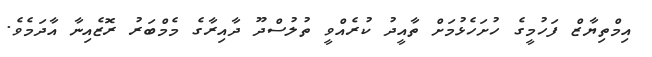
އިމްތިޔާޒް ފަހުމީގެ ހުށަހެޅުމަށް ތާއީދު ކުރެއްވީ ތުލުސްދޫ ދާއިރާގެ މެމްބަރު ރޮޒެއިނާ އާދަމެވެ.